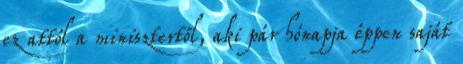
ez attól a minisztertől, aki pár hónapja éppen saját